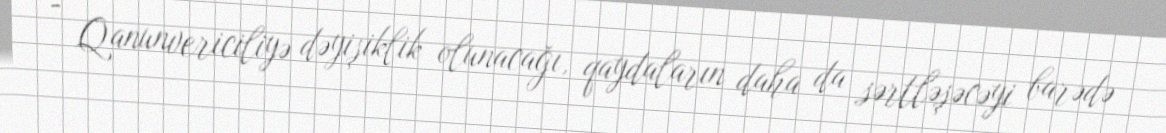
- Qanunvericiliyə dəyişiklik olunacağı, qaydaların daha da sərtləşəcəyi barədə